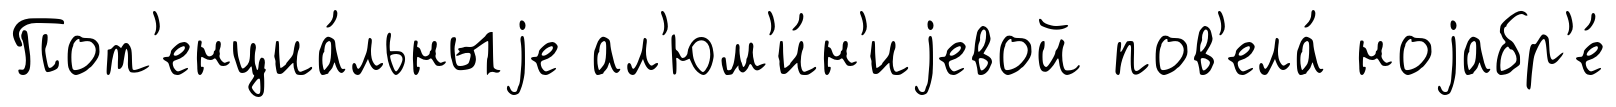
Пот'енциа́льныjе ал'юм'и́н'иjевой пов'ела́ ноjабр'е́